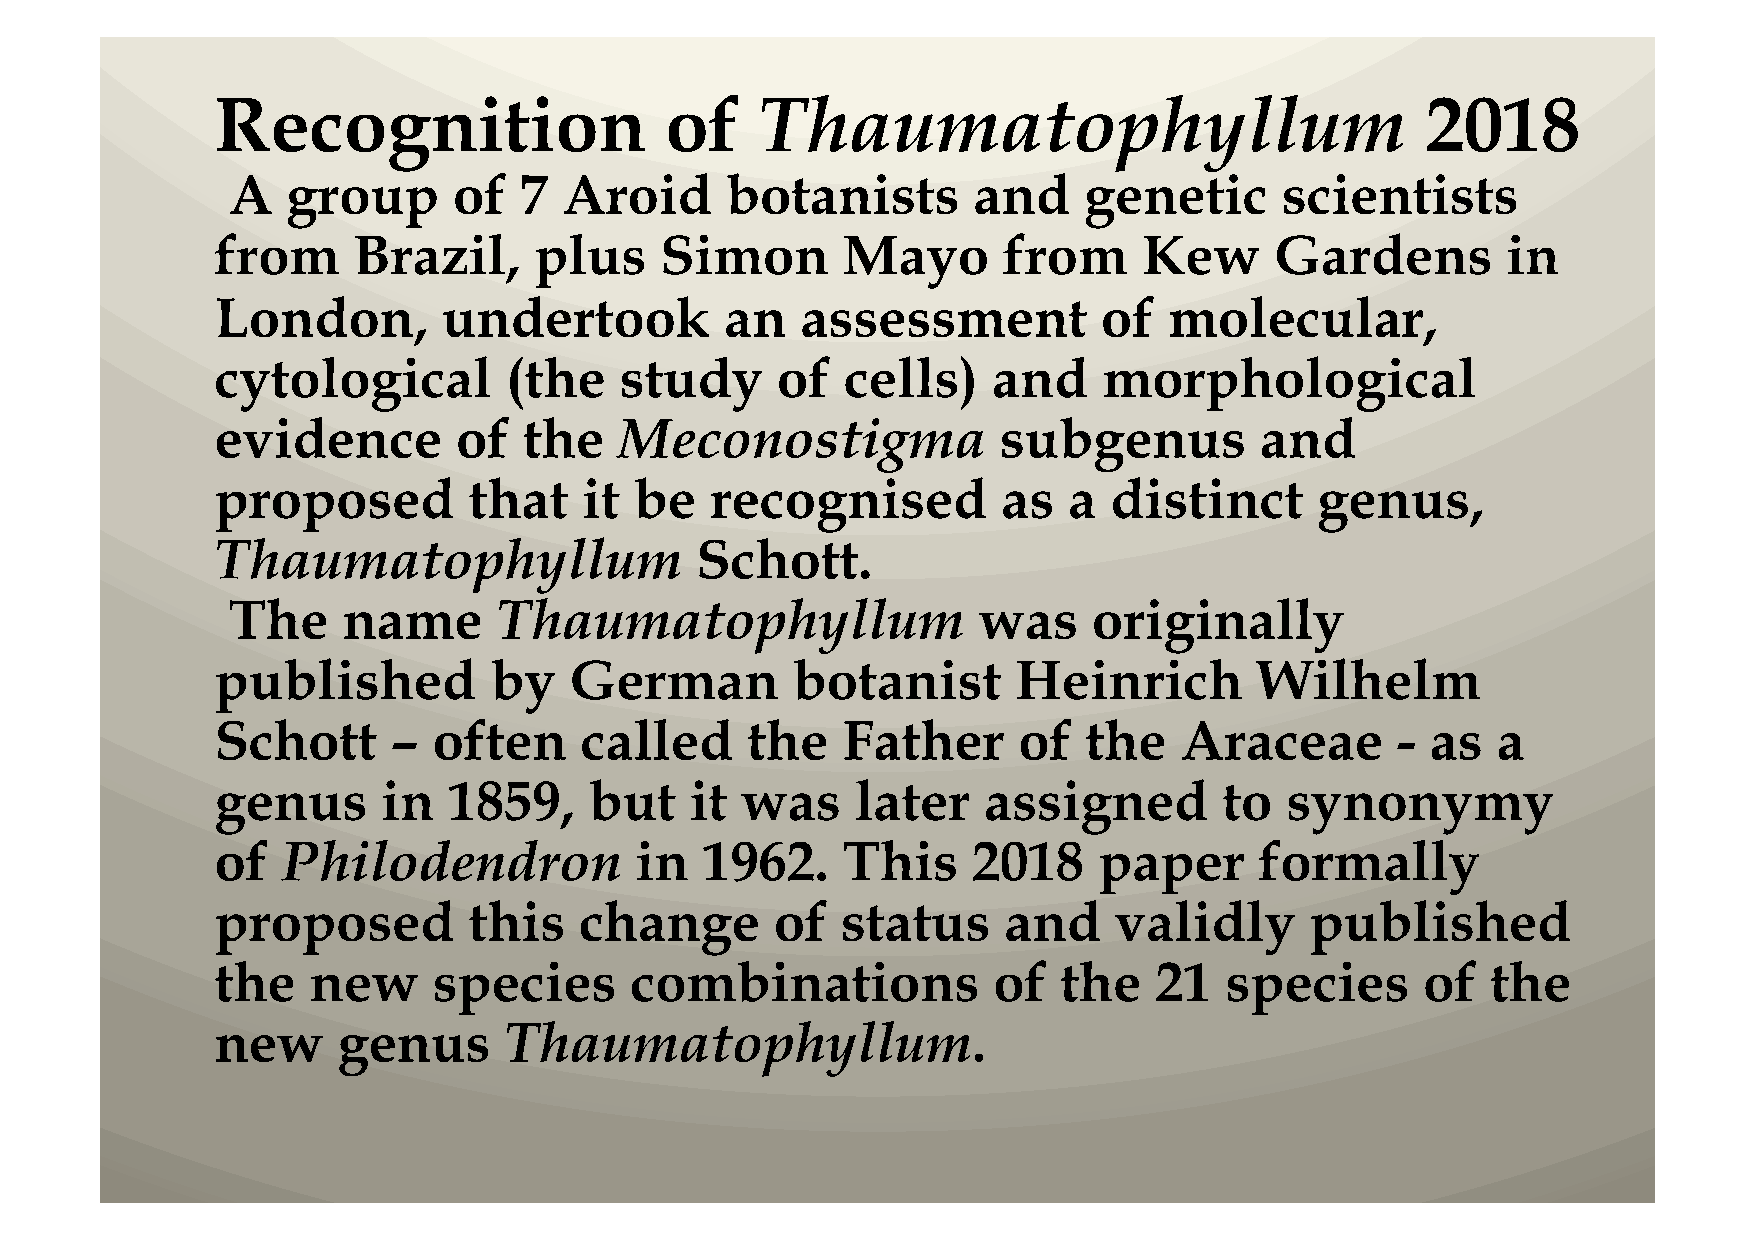
Recognition                   of    Thaumatophyllum                             2018
 A   group      of  7  Aroid      botanists       and     genetic      scientists
 from     Brazil,     plus     Simon       Mayo      from      Kew     Gardens         in
 London,        undertook          an   assessment          of  molecular,
 cytological        (the    study     of   cells)    and    morphological
 evidence        of   the   Meconostigma             subgenus         and
 proposed         that    it be   recognised         as   a distinct      genus,
 Thaumatophyllum                 Schott.
 The     name      Thaumatophyllum                 was    originally
 published         by    German        botanist       Heinrich        Wilhelm
 Schott      –  often    called     the    Father     of   the   Araceae       -  as  a
 genus      in   1859,    but    it was     later   assigned        to  synonymy
 of   Philodendron           in  1962.     This    2018     paper     formally
 proposed         this   change       of   status    and     validly      published
 the   new      species      combinations            of  the   21   species      of   the
 new     genus      Thaumatophyllum.